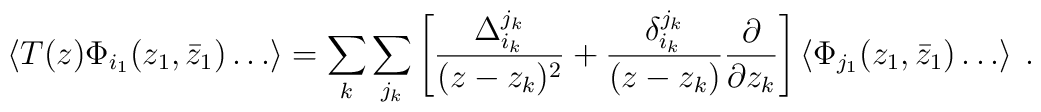
\left<T(z)\Phi_{i_{1}}(z_{1},{\bar{z}}_{1})\ldots\right>=\sum_{k}\sum_{j_{k}}\left[\frac {\Delta^{j_{k}}_{i_{k}}}{(z-z_{k})^{2}}+\frac {\delta^{j_{k}}_{i_{k}}}{(z-z_{k})}\frac {\partial}{\partial{z_{k}}}\right]\left<\Phi_{j_{1}}(z_{1},{\bar{z}}_{1})\ldots\right>\:.